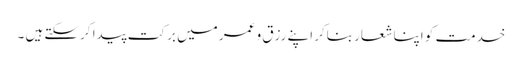
خدمت کو اپنا شعار بناکر اپنے رزق و عمر میں برکت پیدا کرسکتے ہیں ۔